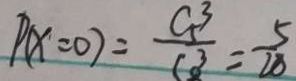
P ( x = 0 ) = \frac { C 5 _ { 1 } ^ { 3 } } { C o ^ { 3 } } = \frac { 5 } { 2 8 }